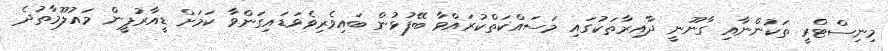
މިނިސްޓްރީ ތަކުންނާއި ގާނޫނީ ދާއިރާތަކުގައި މަސައްކަތްކުރައްވާ ބޭފުޅުން ބައިވެރިވެވަޑައިގަންވާ ކަމަށް ޑީއާރުޕީން މައުލޫމާތުދެ